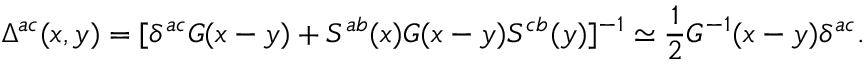
\Delta ^ { a c } ( x , y ) = [ \delta ^ { a c } G ( x - y ) + S ^ { a b } ( x ) G ( x - y ) S ^ { c b } ( y ) ] ^ { - 1 } \simeq \frac { 1 } { 2 } G ^ { - 1 } ( x - y ) \delta ^ { a c } .